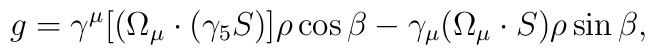
g = \gamma^{\mu}[(\Omega_{\mu}\cdot (\gamma_5 S)]\rho\cos{\beta} -\gamma_{\mu}(\Omega_{\mu}\cdot S)\rho\sin{\beta} ,